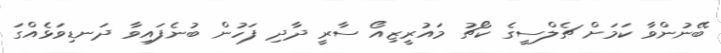
ބޭނުންވާ ކަމަށް ޗެލްސީގެ ކޯޗު މައުރީޒިއޯ ސާރީ ދާދި ފަހުން ބުނެފައިވާ ދަނޑިވަޅެއްގަ